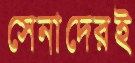
সেনাদেরই